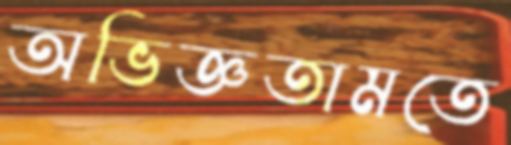
অভিজ্ঞতামতে